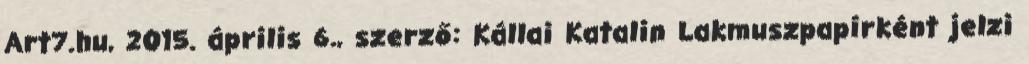
Art7.hu, 2015. április 6., szerző: Kállai Katalin Lakmuszpapírként jelzi